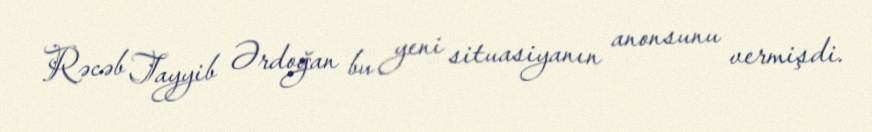
Rəcəb Tayyib Ərdoğan bu yeni situasiyanın anonsunu vermişdi.